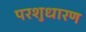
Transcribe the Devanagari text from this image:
परशुधारण